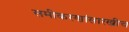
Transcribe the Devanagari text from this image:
समीकरणांसारखीच